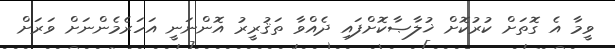
ވީމާ އެ ގޮތަށް ކުރުކޮށް ޚުލާޞާކޮށްފައި ދެއްވާ ތަޤުރީރު އޮންނަނީ އަހަރެމެންނަށް ވަރަށް